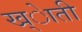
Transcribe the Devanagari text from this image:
ख्ेाती